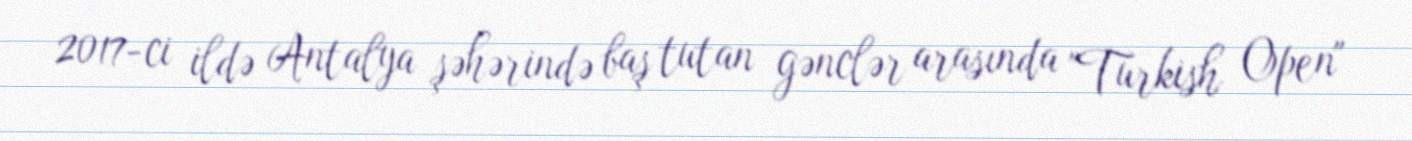
2017-ci ildə Antalya şəhərində baş tutan gənclər arasında "Turkish Open"